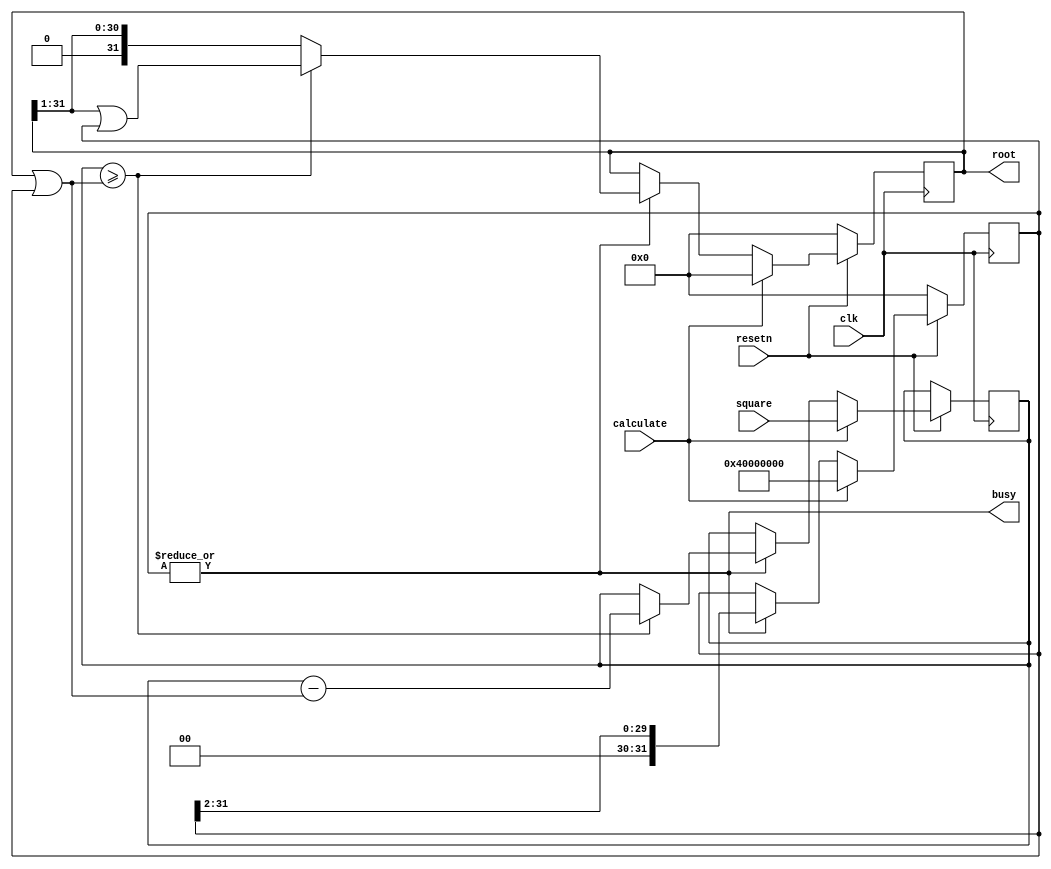

// Fast integer square root. Algorithm from the book "Hacker's Delight".

module sqrt(
  input             resetn,     // Reset, active low
  input             clk,        // Clock
  input             calculate,  // Set high for one clock cycle to start calculation
  input      [31:0] square,     // Unsigned 32 bit integer
  output reg [31:0] root,       // Result
  output            busy        // High while calculation in progress
);

  reg [31:0] x, mask;

  assign busy = |mask;

  always @(posedge clk) begin
    if (~resetn) begin
        root <= 0;
        mask <= 0;
    end else begin

      if (calculate) begin

        x    <= square;
        root <= 0;
        mask <= 32'h40000000;

      end else
      if (busy) begin

        if (x >= (root|mask)) begin
          x    <= x - (root|mask);
          root <=     (root >> 1) | mask;
        end else begin
          root <=      root >> 1;
        end

        mask <= mask >> 2;
      end
    end
  end

endmodule